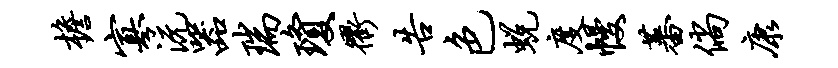
檐寡沅器瑞琼衢告色蜕度幔蕃倘康